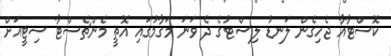
ކޮސްޓާއާ ޖެހިގެން ލަނޑު ލިސްޓުގެ ދެ ވަނަ މަގާމުގައި އޮތީ މެންޗެސްޓާ ސިޓީއަށް